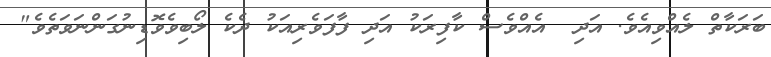
ބަރަކާތް ލެއްވިއެވެ. އަދި  އެއްވެސް ކާފިރަކު އަދި ފާފަވެރިއަކު ދެކެ ލޯބިވެވޮޑިނުގަންނަވަތެވެ"